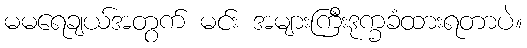
မမရေချယ်အတွက် မင်း အများကြီးဒုက္ခခံထားရတာပဲ။